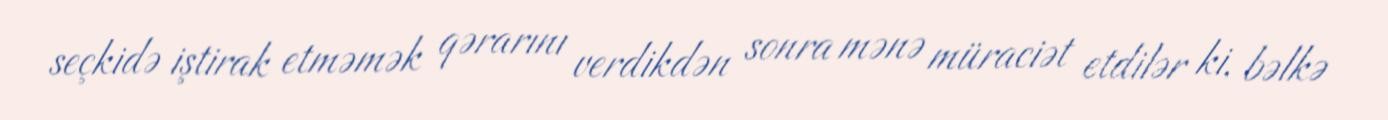
seçkidə iştirak etməmək qərarını verdikdən sonra mənə müraciət etdilər ki, bəlkə